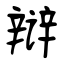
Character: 辩